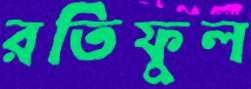
রতিফুল